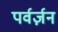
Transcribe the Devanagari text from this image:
पर्वर्ज़न